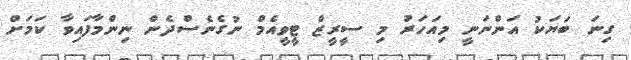
ގިނަ ބަޔަކު އަންނަނީ މިއަހަރު މި ސީރީޒް ޓީވީއެމް ނުގެނެސްދެން ނިންމާފައިވާ ކަމަށް